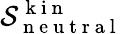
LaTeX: \mathcal{S}_{\mathrm{~n~e~u~t~r~a~l~}}^{\mathrm{~k~i~n~}}